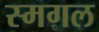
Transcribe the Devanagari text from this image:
स्मगल